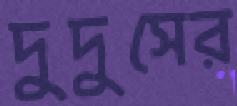
দুদুসের